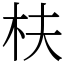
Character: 枎